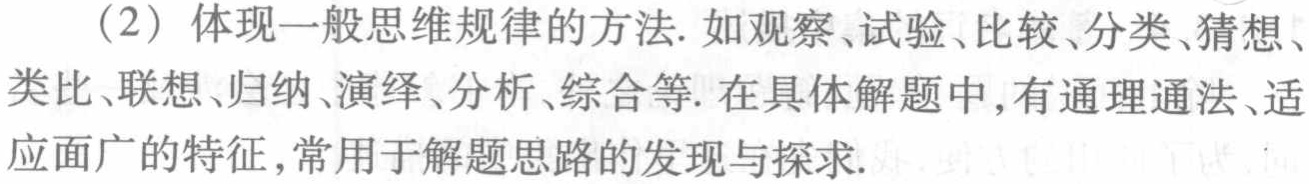
（2）体现一般思维规律的方法. 如观察、试验、比较、分类、猜想、类比、联想、归纳、演绎、分析、综合等. 在具体解题中, 有通理通法、适应面广的特征, 常用于解题思路的发现与探求.